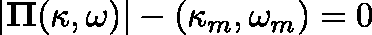
| \mathbf { \Pi } ( \kappa , \omega ) | - ( \kappa _ { m } , \omega _ { m } ) = 0